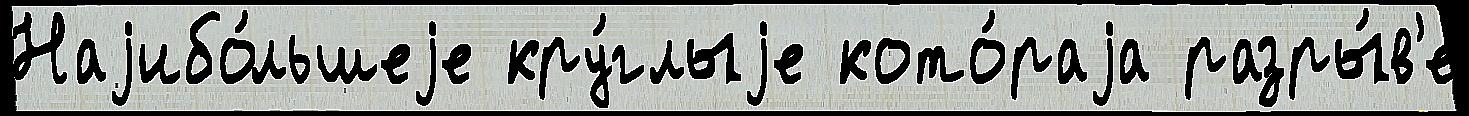
Наjибо́льшеjе кру́глыjе кото́раjа разры́в'е